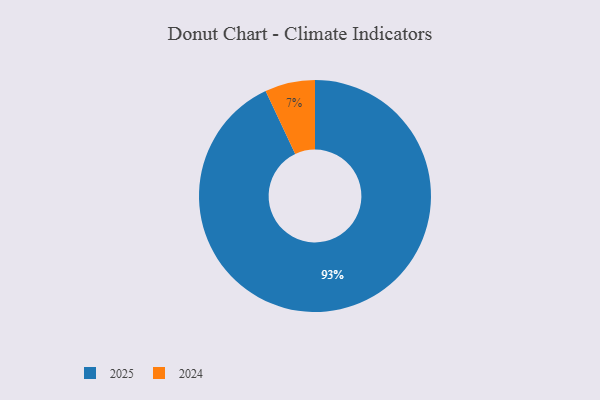
{"axis": {"x": "Category", "y": "Percentage"}, "legend": ["2024", "2025"], "data": [{"x": "2025", "y": 93, "type": "2025"}, {"x": "2024", "y": 7, "type": "2024"}]}